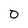
Character: 0